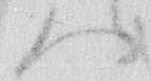
御